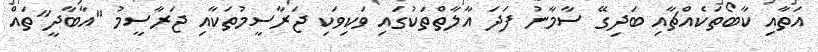
އަތާއި ކާބޯތަކެއްޗާއި ބަދިގޭ ސާމާނު ފަދަ އާލާތްތަކުގައި ވަކިވަކި ޖަރާސީމުތަކާއި ޖަރާސީމު "އާބާދީ"ތައް